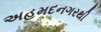
અહમદનગરથી